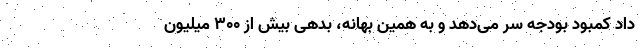
دادِ کمبود بودجه سر می‌دهد و به همین بهانه، بدهی بیش از ۳۰۰ میلیون